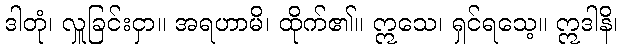
ဒါတုံ၊ လှူခြင်းငှာ။ အရဟာမိ၊ ထိုက်၏။ ဣသေ၊ ရှင်ရသေ့။ ဣဒါနိ၊